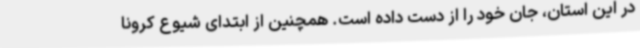
در این استان، جان خود را از دست داده‌ است. همچنین از ابتدای شیوع کرونا